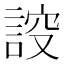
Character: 𧨠